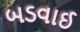
બડવાઈ